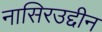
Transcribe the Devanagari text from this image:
नासिरउद्दीन